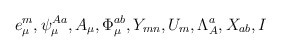
\begin{align*}e_{\mu}^m, \psi_\mu^{A a}, A_\mu, \Phi_\mu^{ab}, Y_{mn}, U_m, \Lambda_A^a, X_{ab}, I \end{align*}